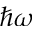
\hbar \omega